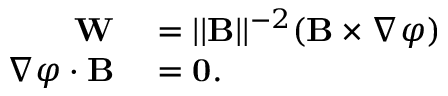
\begin{array} { r l } { \mathbf { W } } & { { } = | | { \mathbf B } | | ^ { - 2 } ( { \mathbf B } \times \nabla \varphi ) } \\ { \nabla \varphi \cdot { \mathbf B } } & { { } = \mathbf { 0 } . } \end{array}